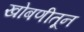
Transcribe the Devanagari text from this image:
खोबणीतून